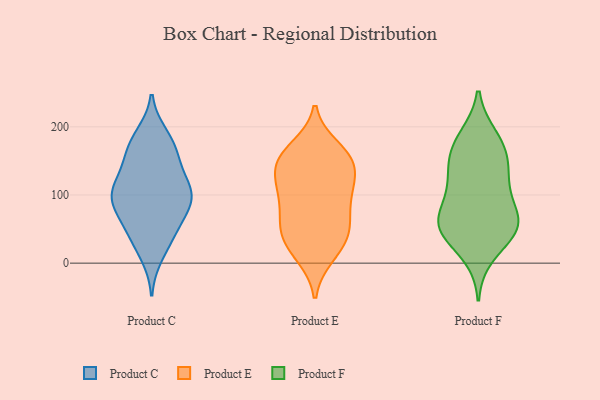
{"axis": {"x": "Customer Acquisition Cost (USD)", "y": "Value"}, "legend": ["Product C", "Product E", "Product F"], "data": [{"x": "", "y": 106, "type": "Product C"}, {"x": "", "y": 181, "type": "Product C"}, {"x": "", "y": 65, "type": "Product C"}, {"x": "", "y": 106, "type": "Product C"}, {"x": "", "y": 92, "type": "Product C"}, {"x": "", "y": 35, "type": "Product C"}, {"x": "", "y": 38, "type": "Product C"}, {"x": "", "y": 79, "type": "Product C"}, {"x": "", "y": 168, "type": "Product C"}, {"x": "", "y": 91, "type": "Product C"}, {"x": "", "y": 56, "type": "Product C"}, {"x": "", "y": 12, "type": "Product C"}, {"x": "", "y": 115, "type": "Product C"}, {"x": "", "y": 136, "type": "Product C"}, {"x": "", "y": 101, "type": "Product C"}, {"x": "", "y": 102, "type": "Product C"}, {"x": "", "y": 187, "type": "Product C"}, {"x": "", "y": 151, "type": "Product C"}, {"x": "", "y": 163, "type": "Product C"}, {"x": "", "y": 159, "type": "Product E"}, {"x": "", "y": 150, "type": "Product E"}, {"x": "", "y": 89, "type": "Product E"}, {"x": "", "y": 169, "type": "Product E"}, {"x": "", "y": 105, "type": "Product E"}, {"x": "", "y": 152, "type": "Product E"}, {"x": "", "y": 114, "type": "Product E"}, {"x": "", "y": 34, "type": "Product E"}, {"x": "", "y": 106, "type": "Product E"}, {"x": "", "y": 158, "type": "Product E"}, {"x": "", "y": 46, "type": "Product E"}, {"x": "", "y": 135, "type": "Product E"}, {"x": "", "y": 49, "type": "Product E"}, {"x": "", "y": 83, "type": "Product E"}, {"x": "", "y": 13, "type": "Product E"}, {"x": "", "y": 133, "type": "Product E"}, {"x": "", "y": 11, "type": "Product E"}, {"x": "", "y": 58, "type": "Product E"}, {"x": "", "y": 46, "type": "Product E"}, {"x": "", "y": 150, "type": "Product F"}, {"x": "", "y": 150, "type": "Product F"}, {"x": "", "y": 56, "type": "Product F"}, {"x": "", "y": 106, "type": "Product F"}, {"x": "", "y": 66, "type": "Product F"}, {"x": "", "y": 49, "type": "Product F"}, {"x": "", "y": 163, "type": "Product F"}, {"x": "", "y": 47, "type": "Product F"}, {"x": "", "y": 114, "type": "Product F"}, {"x": "", "y": 69, "type": "Product F"}, {"x": "", "y": 53, "type": "Product F"}, {"x": "", "y": 182, "type": "Product F"}, {"x": "", "y": 12, "type": "Product F"}, {"x": "", "y": 54, "type": "Product F"}, {"x": "", "y": 185, "type": "Product F"}, {"x": "", "y": 119, "type": "Product F"}]}